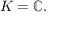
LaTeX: K = \mathbb { C } .